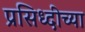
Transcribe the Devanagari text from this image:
प्रसिध्दीच्या